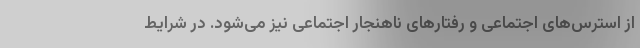
از استرس‌های اجتماعی و رفتارهای ناهنجار اجتماعی نیز می‌شود. در شرایط